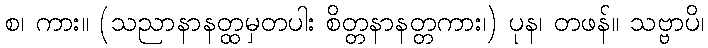
စ၊ ကား။ (သညာနာနတ္ထမှတပါး စိတ္တနာနတ္တကား၊) ပုန၊ တဖန်။ သဗ္ဗာပိ၊